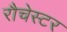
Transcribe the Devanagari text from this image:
रौचेस्टर